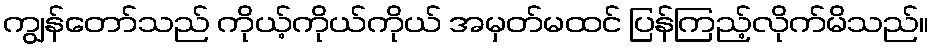
ကျွန်တော်သည် ကိုယ့်ကိုယ်ကိုယ် အမှတ်မထင် ပြန်ကြည့်လိုက်မိသည်။